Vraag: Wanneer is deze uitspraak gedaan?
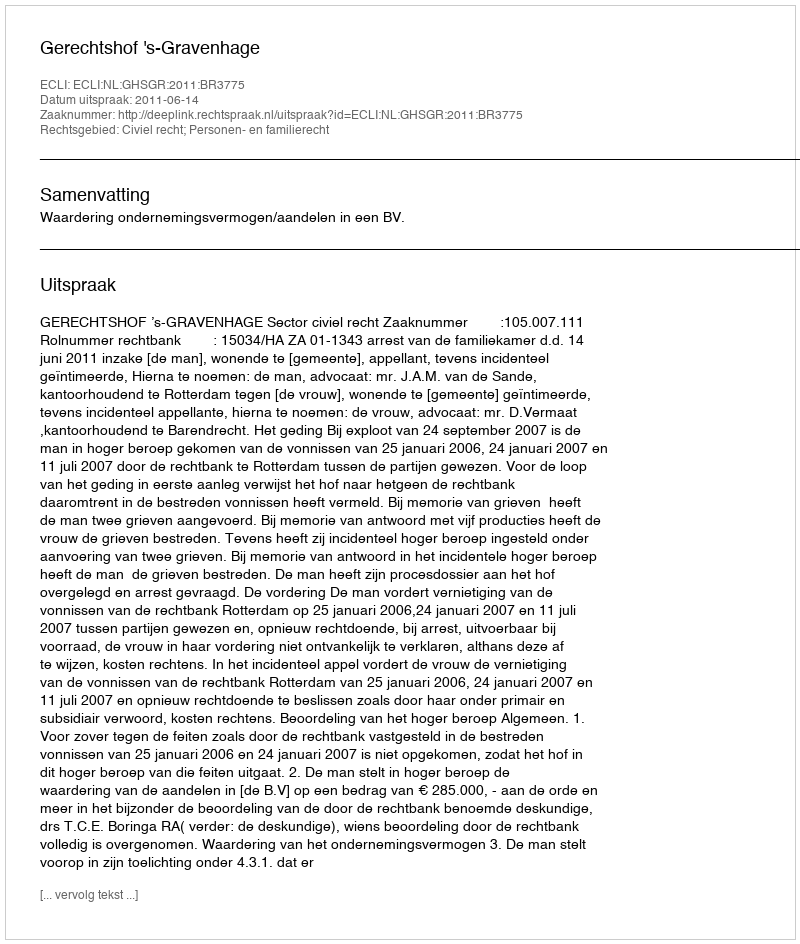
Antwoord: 2011-06-14